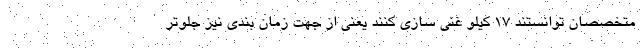
متخصصان توانستند ۱۷ کیلو غنی سازی کنند یعنی از جهت زمان بندی نیز جلوتر